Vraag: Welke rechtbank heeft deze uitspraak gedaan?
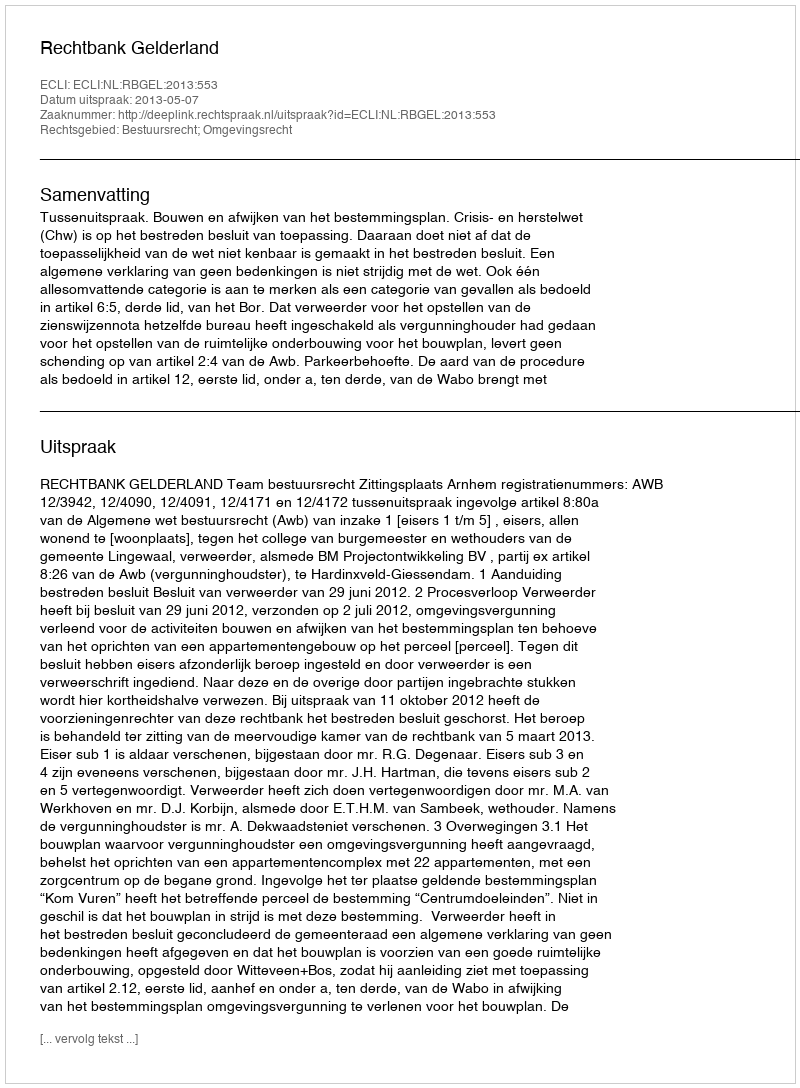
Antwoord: Rechtbank Gelderland